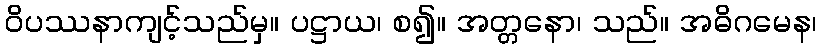
ဝိပဿနာကျင့်သည်မှ။ ပဋ္ဌာယ၊ စ၍။ အတ္တနော၊ သည်။ အဓိဂမေန၊